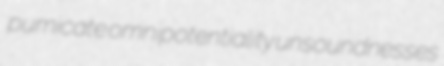
pumicate omnipotentiality unsoundnesses